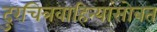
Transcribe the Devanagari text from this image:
दुरचित्रवाहिन्यांसोबत